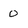
Character: 0